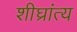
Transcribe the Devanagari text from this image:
शीघ्रांत्य